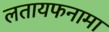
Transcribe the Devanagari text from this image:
लतायफनामा